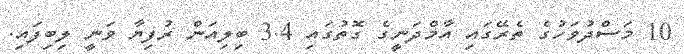
10 މަސްދުވަހުގެ ތެރޭގައި އާމްދަނީގެ ގޮތުގައި 3.4 ބިލިއަން ރުފިޔާ ވަނީ ލިބިފައި.